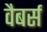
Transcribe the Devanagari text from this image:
वैबर्स